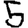
Digit: 5